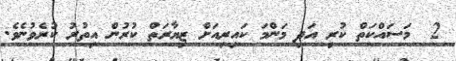
2@ މަސައްކަތް ކުރި އަދި މަންމަ ކައިރިއަށް ޒިޔާރަތް ކުރުން އިތުރު ކުރެވުނެވެ.